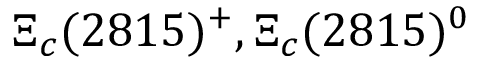
\Xi _ { c } ( 2 8 1 5 ) ^ { + } , \Xi _ { c } ( 2 8 1 5 ) ^ { 0 }